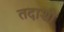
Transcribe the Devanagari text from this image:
तदाशी